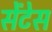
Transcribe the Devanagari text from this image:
सेंटेस